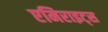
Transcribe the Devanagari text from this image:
एमिराइट्स